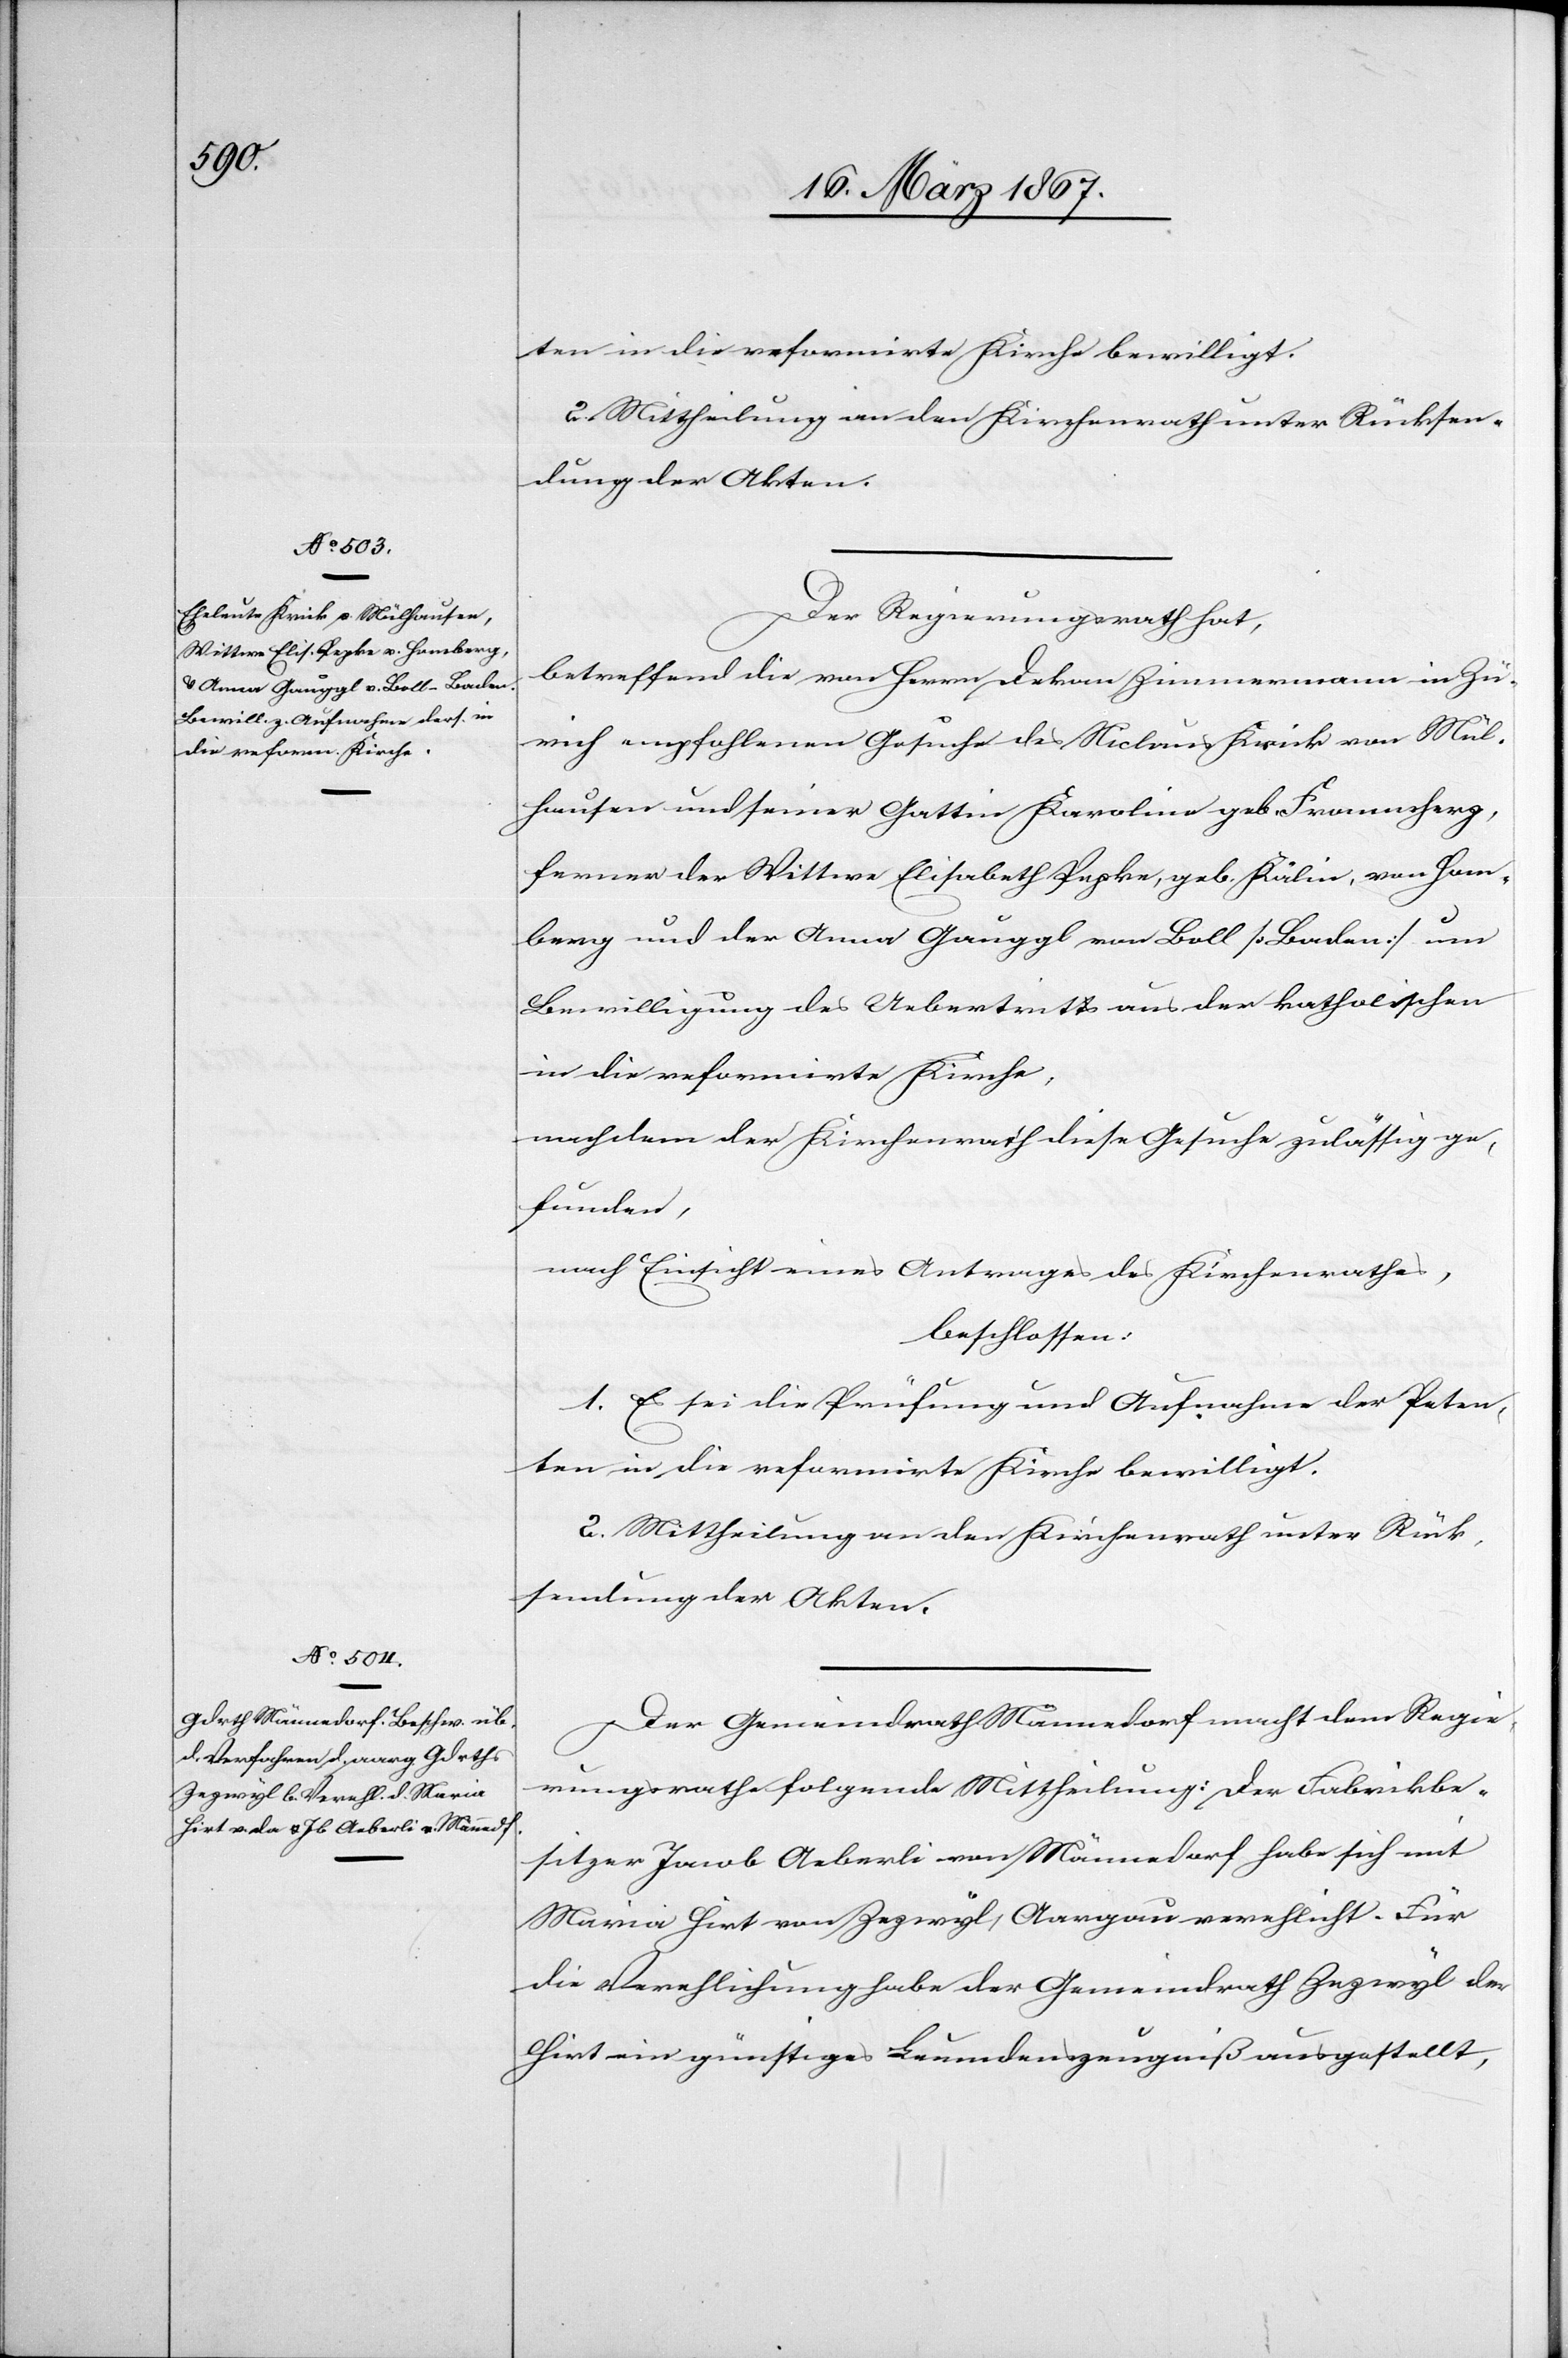
ten in die reformirte Kirche bewilligt.
2. Mitteilung an den Kirchenrath unter Rücksen¬
dung der Akten.
Der Regierungsrath hat,
betreffend die von Herrn Dekan Zimmermann in Zü¬
rich empfohlenen Gesuche des Niclaus Krick von Mül¬
hausen und seiner Gattin Karoline geb. Frommherz,
ferner der Wittwe Elisabeth Pepke, geb. Kälin, von Hom¬
berg und der Anna Gauggl von Boll [Baden] um
Bewilligung des Uebertritts aus der katholischen
in die reformirte Kirche,
nachdem der Kirchenrath diese Gesuche zulässig ge¬
funden,
nach Einsicht eines Antrages des Kirchenrathes,
beschlossen:
1. Es sei die Prüfung und Aufnahme der Peten¬
ten in die reformirte Kirche bewilligt.
2. Mittheilung an den Kirchenrath unter Rück¬
sendung der Akten.
Der Gemeindrath Männedorf macht dem Regie¬
rungsrathe folgende Mittheilung: Der Fabrikbe¬
sitzer Jacob Aeberli von Männedorf habe sich mit
Maria Hirt von Zezwyl, Aargau verehlicht. Für
die Verehlichung habe der Gemeindrath Zezwyl der
Hirt ein günstiges Leumdenszeugniß ausgestellt,